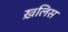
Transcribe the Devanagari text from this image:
ख़लिस